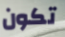
تكون